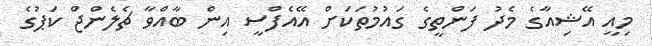
މިއީ އޭޝިއާގެ މެދު ފަންތީގެ ގައުމުތަކަށް އޭއެފްސީ އިން ބާއްވާ ޗެލެންޖް ކަޕުގެ